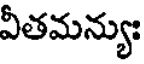
వీతమన్యుః